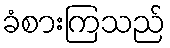
ခံစားကြသည်